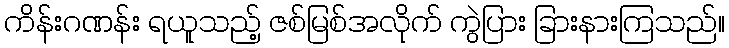
ကိန်းဂဏန်း ရယူသည့် ဇစ်မြစ်အလိုက် ကွဲပြား ခြားနားကြသည်။